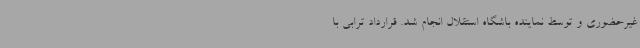
غیرحضوری و توسط نماینده باشگاه استقلال انجام شد. قرارداد ترابی با